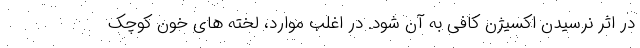
در اثر نرسیدن اکسیژن کافی به آن شود. در اغلب موارد، لخته های خون کوچک